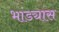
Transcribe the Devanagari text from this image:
भांड्यास